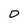
Character: D